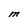
Character: M